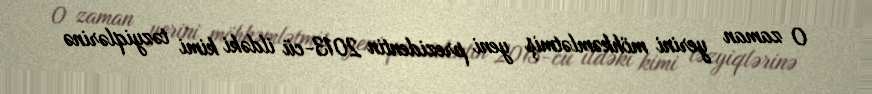
O zaman yerini möhkəmlətmiş yeni prezidentin 2013-cü ildəki kimi təzyiqlərinə